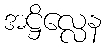
အဋ္ဌိလ္လေန